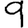
Digit: 9